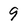
Character: 9